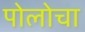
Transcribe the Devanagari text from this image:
पोलोचा